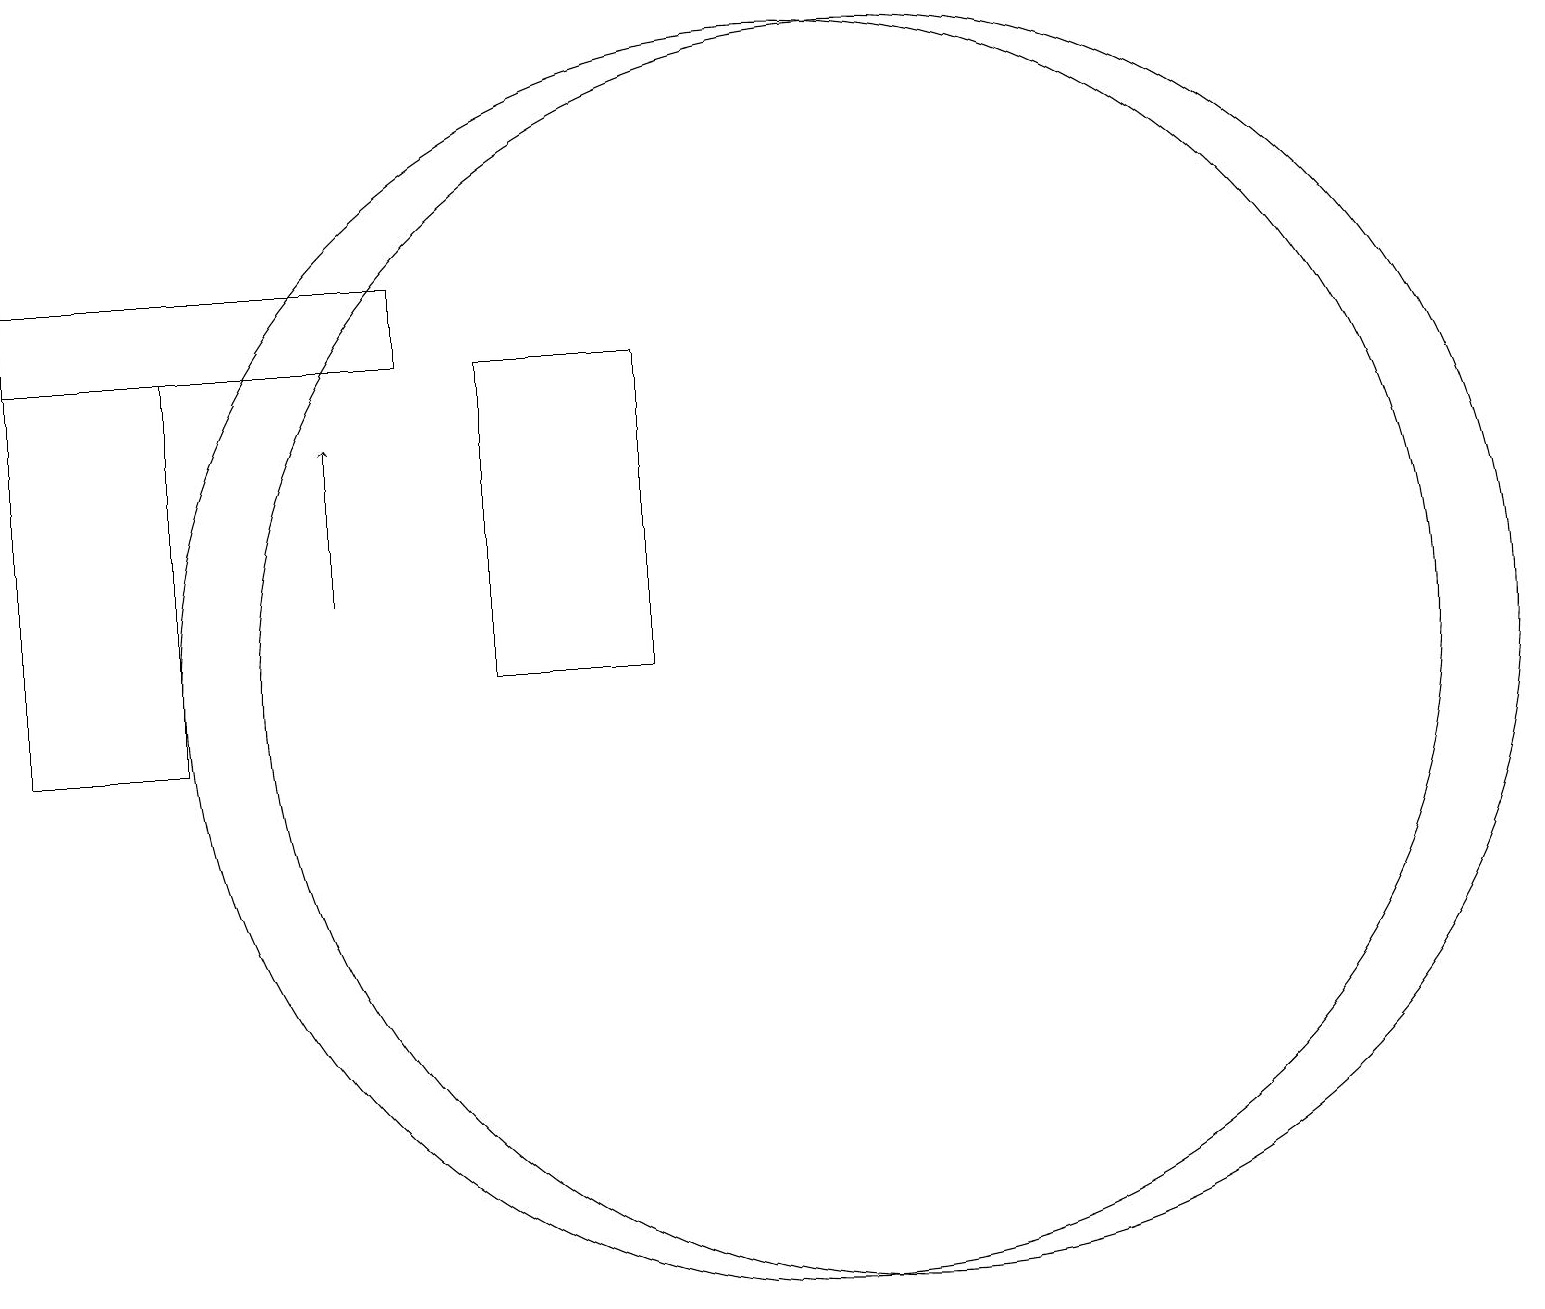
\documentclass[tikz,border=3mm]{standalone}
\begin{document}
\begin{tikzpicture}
\draw (9,11) rectangle (7,15);
\draw (3,10) rectangle (1,15);
\draw[->] (5,12) -- (5,14);
\draw (11,11) circle (8);
\draw (12,11) circle (8);
\draw (1,15) rectangle (6,16);
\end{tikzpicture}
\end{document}